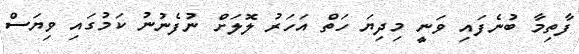
ފާތިމާ ބުނެފަައި ވަނީ މިދިޔަ ހަތް އަހަރު ލޮލަށް ނުފެނުނު ކަމުގައި ވިޔަސް